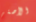
الأصغر